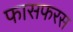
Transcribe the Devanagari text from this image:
फासफरस